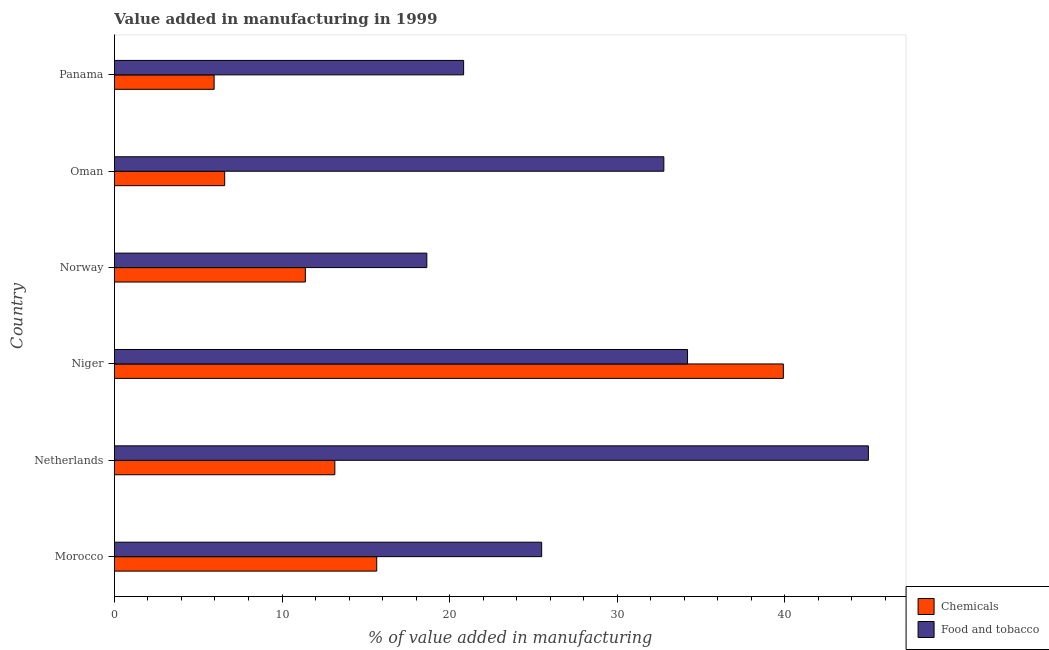
| Country | Chemicals | Food and tobacco |
 | --- | --- | --- |
 | Morocco | 15.7 | 25.5 |
 | Netherlands | 13.2 | 45 |
 | Niger | 39.9 | 34.2 |
 | Norway | 11.4 | 18.6 |
 | Oman | 6.58 | 32.8 |
 | Panama | 5.95 | 20.8 |